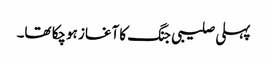
پہلی صلیبی جنگ کا آغاز ہوچکا تھا۔